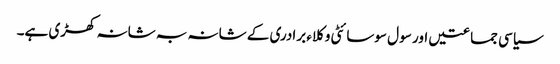
سیاسی جماعتیں اور سو ل سوسائٹی وکلاء برادری کے شانہ بہ شانہ کھڑی ہے۔